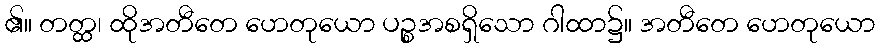
၏။ တတ္ထ၊ ထိုအတီတေ ဟေတုယော ပဉ္စအစရှိသော ဂါထာ၌။ အတီတေ ဟေတုယော